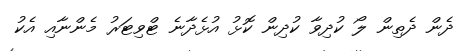
ދެން ދެތިން ލޯ ކުދިވާ ކުދިން ކޮޅު އުޅެދާނެ ޓްވިޓަރު މެންނާއި އެކު